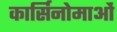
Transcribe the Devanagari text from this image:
कार्सिनोमाओं